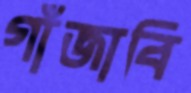
গাঁজাবি